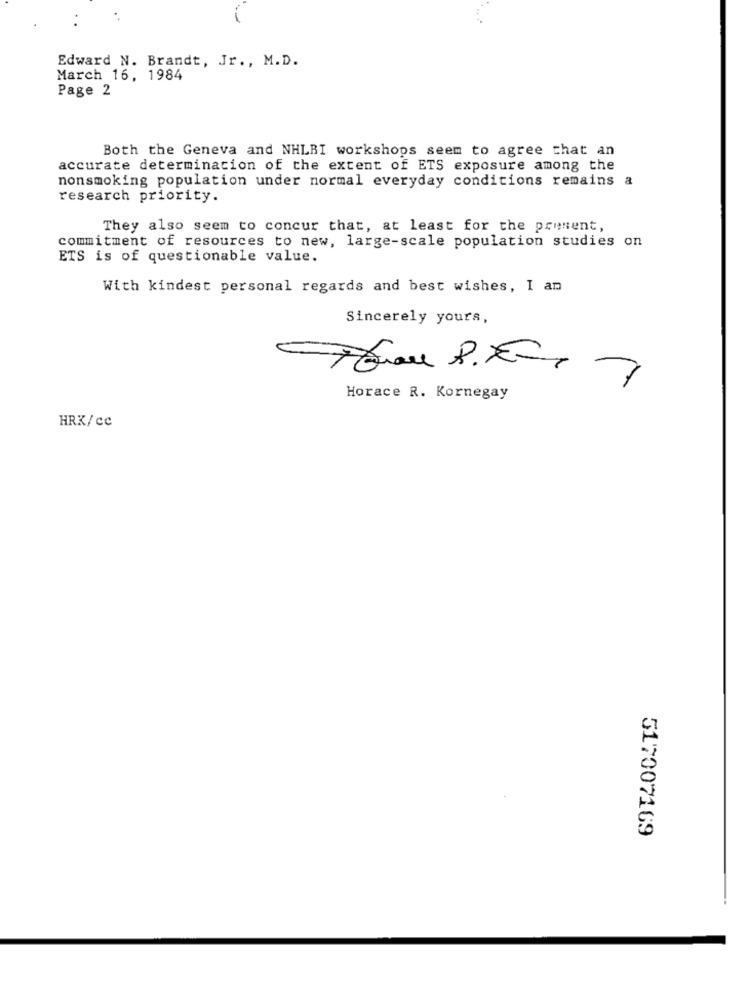
Edward N. Brandt, Jr ., M.D.
March 16, 1984
Page 2
Both the Geneva and NHLBI workshops seem to agree that an
accurate determination of the extent of ETS exposure among the
nonsmoking population under normal everyday conditions remains a
research priority.
They also seem to concur that, at least for the present,
commitment of resources to new, large-scale population studies on
ETS is of questionable value.
With kindest personal regards and best wishes, I am
Sincerely yours,
Horace R. Kornegay
HRK/cc
517007169